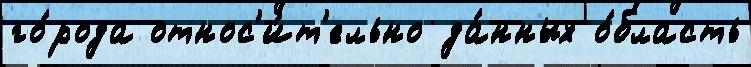
го́рода относ'и́т'ельно да́нных о́бласть